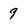
Character: 9